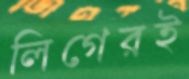
লিগেরই